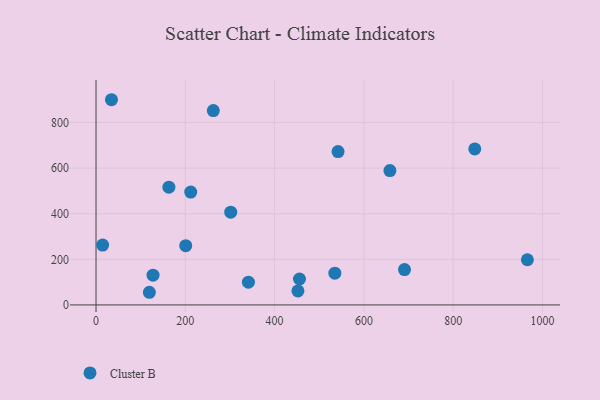
{"axis": {"x": "Study Hours", "y": "Rating"}, "legend": ["Cluster B"], "data": [{"x": "127.7", "y": 130.5, "type": "Cluster B"}, {"x": "163.2", "y": 516.7, "type": "Cluster B"}, {"x": "341.3", "y": 99.8, "type": "Cluster B"}, {"x": "212.1", "y": 495.2, "type": "Cluster B"}, {"x": "452.2", "y": 61.3, "type": "Cluster B"}, {"x": "200.9", "y": 260.0, "type": "Cluster B"}, {"x": "690.9", "y": 154.9, "type": "Cluster B"}, {"x": "34.6", "y": 900.2, "type": "Cluster B"}, {"x": "262.7", "y": 852.5, "type": "Cluster B"}, {"x": "455.7", "y": 113.7, "type": "Cluster B"}, {"x": "966.1", "y": 198.1, "type": "Cluster B"}, {"x": "848.3", "y": 684.5, "type": "Cluster B"}, {"x": "658.2", "y": 589.6, "type": "Cluster B"}, {"x": "119.5", "y": 55.5, "type": "Cluster B"}, {"x": "534.9", "y": 139.2, "type": "Cluster B"}, {"x": "14.8", "y": 262.5, "type": "Cluster B"}, {"x": "301.7", "y": 406.9, "type": "Cluster B"}, {"x": "542.1", "y": 672.8, "type": "Cluster B"}]}